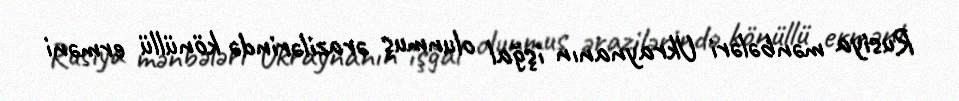
Rusiya mənbələri Ukraynanın işğal olunmuş ərazilərində könüllü erməni